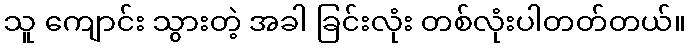
သူ ကျောင်း သွားတဲ့ အခါ ခြင်းလုံး တစ်လုံးပါတတ်တယ်။